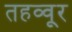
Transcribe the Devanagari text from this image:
तहव्वूर